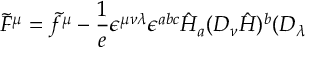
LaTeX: \tilde { F } ^ { \mu } = \tilde { f } ^ { \mu } - \frac { 1 } { e } \epsilon ^ { \mu \nu \lambda } \epsilon ^ { a b c } \hat { H } _ { a } ( { \cal D } _ { \nu } \hat { H } ) ^ { b } ( { \cal D } _ { \lambda }